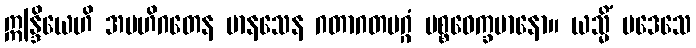
ဣန္ဒြိယေဟိ အဗဟိဂတေန မာနသေန ဂတာဂတမဂ္ဂံ ပစ္စဝေက္ခမာနော။ ယသ္မိံ ပဒေသေ